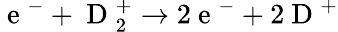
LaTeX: \mathrm{~e~}^{-}+\mathrm{~D~}_{2}^{+}\rightarrow 2\mathrm{~e~}^{-}+2\mathrm{~D~}^{+}